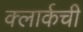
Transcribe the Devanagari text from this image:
क्‍लार्कची